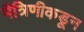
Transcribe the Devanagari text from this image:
मैत्रिणीकडून